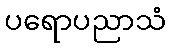
ပရောပညာသံ